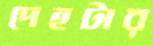
দেহটার